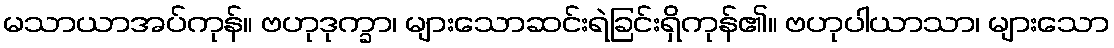
မသာယာအပ်ကုန်။ ဗဟုဒုက္ခာ၊ များသောဆင်းရဲခြင်းရှိကုန်၏။ ဗဟုပါယာသာ၊ များသော